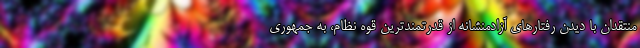
منتقدان با دیدن رفتارهای آزادمنشانه از قدرتمندترین قوه نظام، به جمهوری